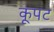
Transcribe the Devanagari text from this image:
कूपट